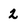
Character: 2